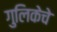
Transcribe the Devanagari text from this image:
गुलिकेचे